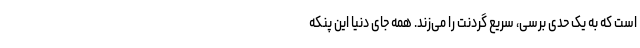
است که به یک حدی برسی، سریع گردنت را می‌زند. همه جای دنیا این پنکه